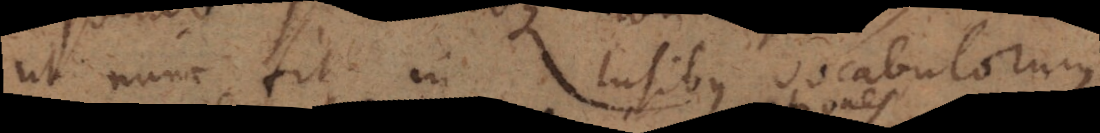
ut nunc fit in lusibus vocabulorum